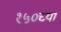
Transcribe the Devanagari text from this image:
१५०च्या